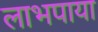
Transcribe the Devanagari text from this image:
लाभपाया